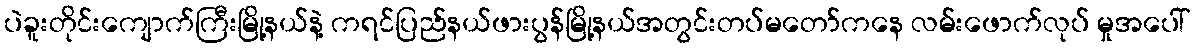
ပဲခူးတိုင်းကျောက်ကြီးမြို့နယ်နဲ့ ကရင်ပြည်နယ်ဖားပွန်မြို့နယ်အတွင်းတပ်မတော်ကနေ လမ်းဖောက်လုပ် မှုအပေါ်